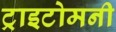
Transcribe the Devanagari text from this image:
ट्राइटोमनी